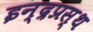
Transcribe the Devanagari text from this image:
इन्‍द्रप्रस्‍थ